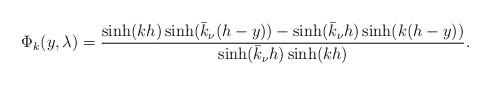
LaTeX: \begin{align*} \Phi_k(y, \lambda)= \frac{\sinh(k h) \sinh(\bar k_{\nu}(h-y)) - \sinh(\bar k_{\nu}h) \sinh (k(h-y)) }{ \sinh(\bar k_{\nu} h) \sinh(kh)}.\end{align*}